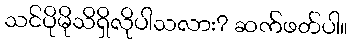
သင်ပိုမိုသိရှိလိုပါသလား? ဆက်ဖတ်ပါ။